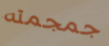
جمجمته